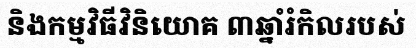
និងកម្មវិធីវិនិយោគ ៣ឆ្នាំរំកិលរបស់